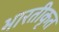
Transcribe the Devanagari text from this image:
भारतीकृत